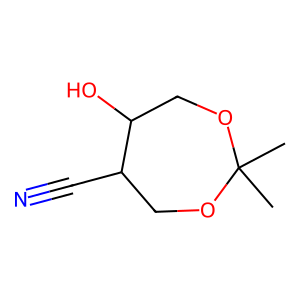
SMILES: CC1(C)OCC(O)C(C#N)CO1
Inhibits HIV replication: No